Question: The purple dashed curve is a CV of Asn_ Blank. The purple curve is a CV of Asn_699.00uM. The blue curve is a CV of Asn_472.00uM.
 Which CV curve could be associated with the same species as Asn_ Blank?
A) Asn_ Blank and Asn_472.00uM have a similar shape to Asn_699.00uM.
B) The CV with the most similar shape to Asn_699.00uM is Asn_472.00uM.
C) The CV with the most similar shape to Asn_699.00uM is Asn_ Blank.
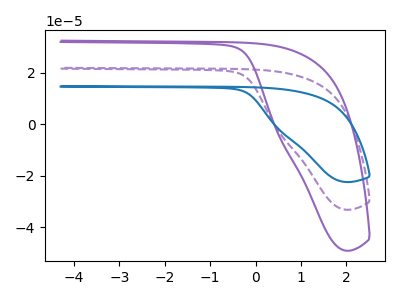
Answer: <think>The purple dashed curve "Asn_ Blank" has no peaks. The purple curve "Asn_699.00uM" has no peaks. The blue curve "Asn_472.00uM" has no peaks.
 Neither "Asn_ Blank" or "Asn_699.00uM" have any peaks. Neither "Asn_ Blank" or "Asn_472.00uM" have any peaks. Neither "Asn_699.00uM" or "Asn_472.00uM" have any peaks.</think>
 <answer>A) "Asn_ Blank" and "Asn_472.00uM" have a similar shape to "Asn_699.00uM".</answer>
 <eval>A</eval>